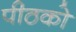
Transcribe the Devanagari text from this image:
पीठको